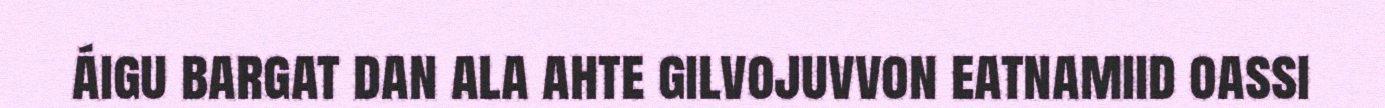
áigu bargat dan ala ahte gilvojuvvon eatnamiid oassi